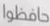
حافظوا